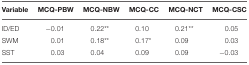
| Variable | MCQ-PBW | MCQ-NBW | MCQ-CC | MCQ-NCT | MCQ-CSC |
 | --- | --- | --- | --- | --- | --- |
 | ID/ED | −0.01 | 0.22** | 0.10 | 0.21** | 0.05 |
 | SWM | 0.01 | 0.18** | 0.17* | 0.09 | 0.03 |
 | SST | 0.03 | 0.04 | 0.09 | 0.09 | −0.03 |